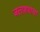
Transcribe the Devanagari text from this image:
जलाशयांचा